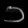
Digit: ၁